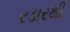
રડારથી